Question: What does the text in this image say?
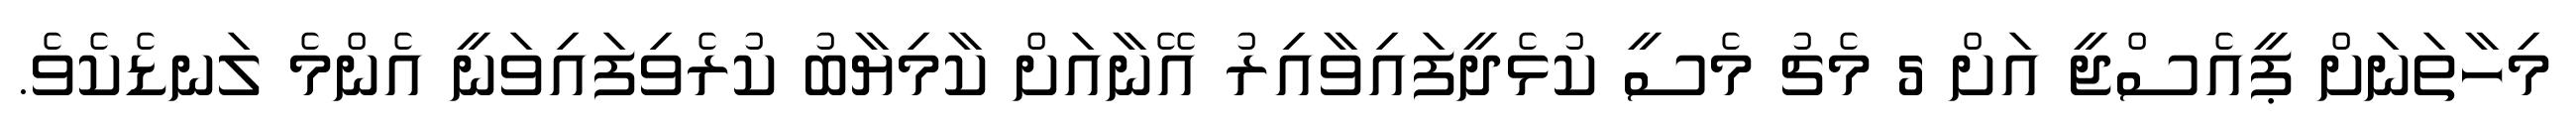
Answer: މިހާތަނަށް ޕީއެސްޖީ އަށް 5 މެޗު މެސީ ކުޅެދީފައިވާއިރު އޭނާއަށް ކާމިޔާބު ކުރެވިފައިވަނީ އެންމެ ލަނޑެކެވެ.